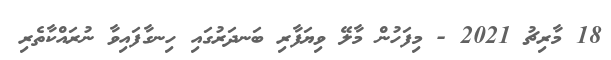
18 މާރިޗު 2021 - މިފަހުން މާލޭ ވިޔަފާރި ބަނދަރުގައި ހިނގާފައިވާ ނުރައްކާތެރި